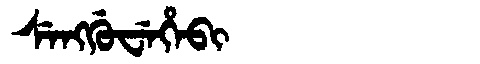
Manchu: ᠰᡝᠩᡤᡠᠸᡝᡥᡝᠪᡳ
Romanization: SENGGUWEHEBI